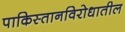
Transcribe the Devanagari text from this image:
पाकिस्तानविरोधातील